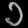
Digit: ၁